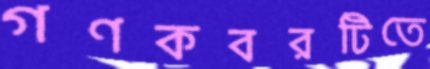
গণকবরটিতে